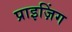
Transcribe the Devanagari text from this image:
प्राइज़िंग